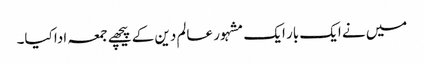
میں نے ایک بار ایک مشہور عالم دین کے پیچھے جمعہ ادا کیا۔